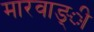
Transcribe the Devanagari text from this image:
मारवाङ्ी